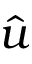
\hat { u }